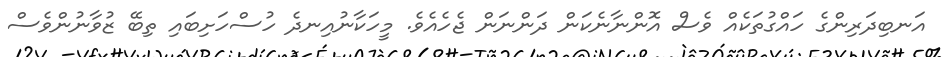
އަނބިދަރިންގެ ހައްގުތަކެއް ވެސް އޮންނާނެކަން ދަންނަން ޖެހެއެވެ. މީހަކާނުއިނދެ ހުސްހަށިބައި ތިބޭ ޒުވާނުންވެސް